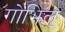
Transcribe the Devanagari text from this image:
गोभिल्